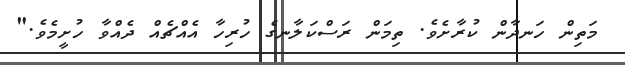
މަތިން ހަނދާން ކުރާށެވެ. ތިމަން ރަސްކަލާނގެ ހުރިހާ އެއްޗެއް ދެއްވާ ހުށީމެވެ."